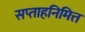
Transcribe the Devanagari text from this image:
सप्ताहनिमित्त